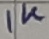
Text: 1K